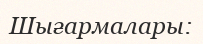
Шығармалары: